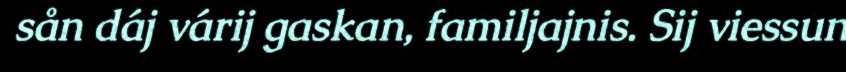
sån dáj várij gaskan, familjajnis. Sij viessun